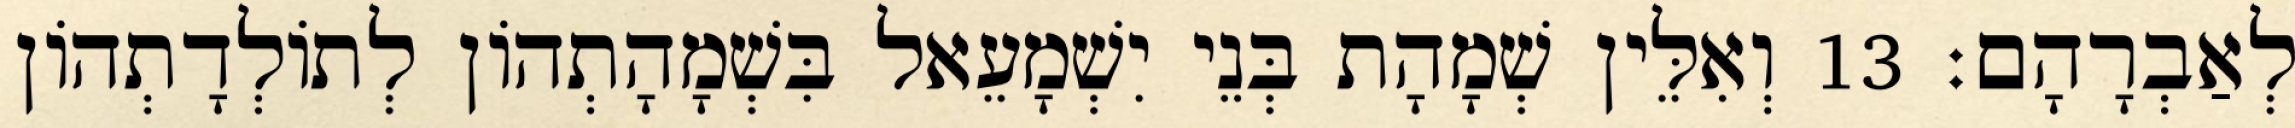
לְאַבְרָהָם׃ 13 וְאִלֵּין שְׁמָהָת בְּנֵי יִשְׁמָעֵאל בִּשְׁמָהָתְהוֹן לְתוֹלְדָתְהוֹן